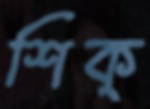
শিক্